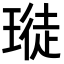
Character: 𪼊